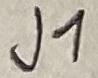
Text: J1